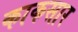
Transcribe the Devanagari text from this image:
काकसार